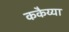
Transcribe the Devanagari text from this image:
ककैय्या